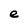
Character: e